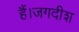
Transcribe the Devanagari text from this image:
हैं।जगदीश